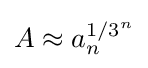
A\approx a_{n}^{1/3^{n}}